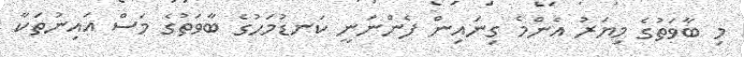
މި ބާވަތުގެ މިޔަރު އެންމެ ގިނައިން ފެންނަނީ ކަނޑުމަހުގެ ބާވަތުގެ މަސް އައިނުތަކާ